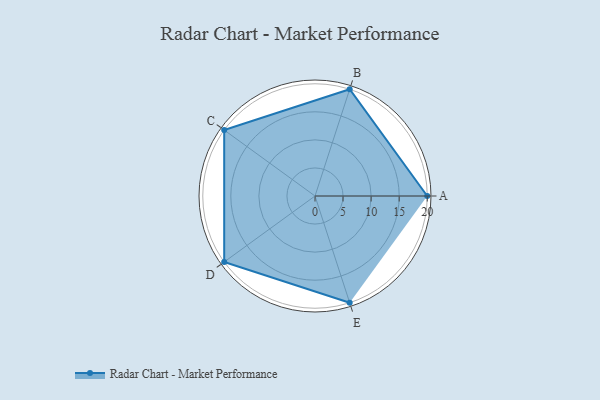
{"axis": {"x": "Skill", "y": "Score"}, "legend": ["Profile"], "data": [{"x": "A", "y": 20, "type": "Profile"}, {"x": "B", "y": 20, "type": "Profile"}, {"x": "C", "y": 20, "type": "Profile"}, {"x": "D", "y": 20, "type": "Profile"}, {"x": "E", "y": 20, "type": "Profile"}]}